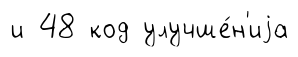
и 48 код улучше́н'иjа